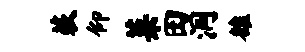
蔌仰菜田洞雒